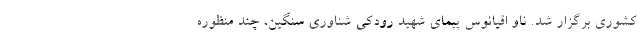
کشوری برگزار شد. ناو اقیانوس پیمای شهید رودکی شناوری سنگین، چند منظوره